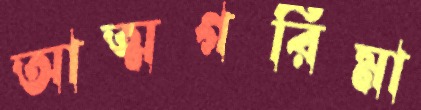
আত্মগরিমা